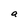
Character: a